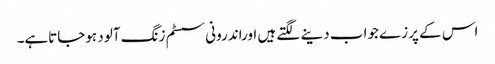
اس کے پرزے جواب دینے لگتے ہیں اوراندرونی سسٹم زنگ آلود ہوجاتاہے۔